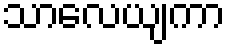
သာလေယျကာ